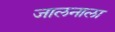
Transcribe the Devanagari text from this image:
जालनाला